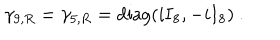
\gamma _ { 9 , R } = \gamma _ { 5 , R } = { \mathrm { d i a g } } ( i { \bf I } _ { 8 } , - i { \bf I } _ { 8 } ) ~ .